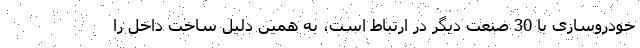
خودروسازی با 30 صنعت دیگر در ارتباط است، به همین دلیل ساخت داخل را